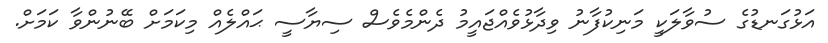
އަޅުގަނޑުގެ ސުވާލަކީ މަނިކުފާނު ވިދާޅުވެއްޖައީމު ދެންމެވެސް ސިޔާސީ ޙައްލެއް މިކަމަށް ބޭނުންވާ ކަމަށް.